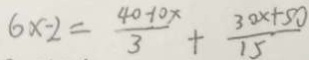
6 x - 2 = \frac { 4 0 - 1 0 x } { 3 } + \frac { 3 0 x + 5 0 } { 1 5 }